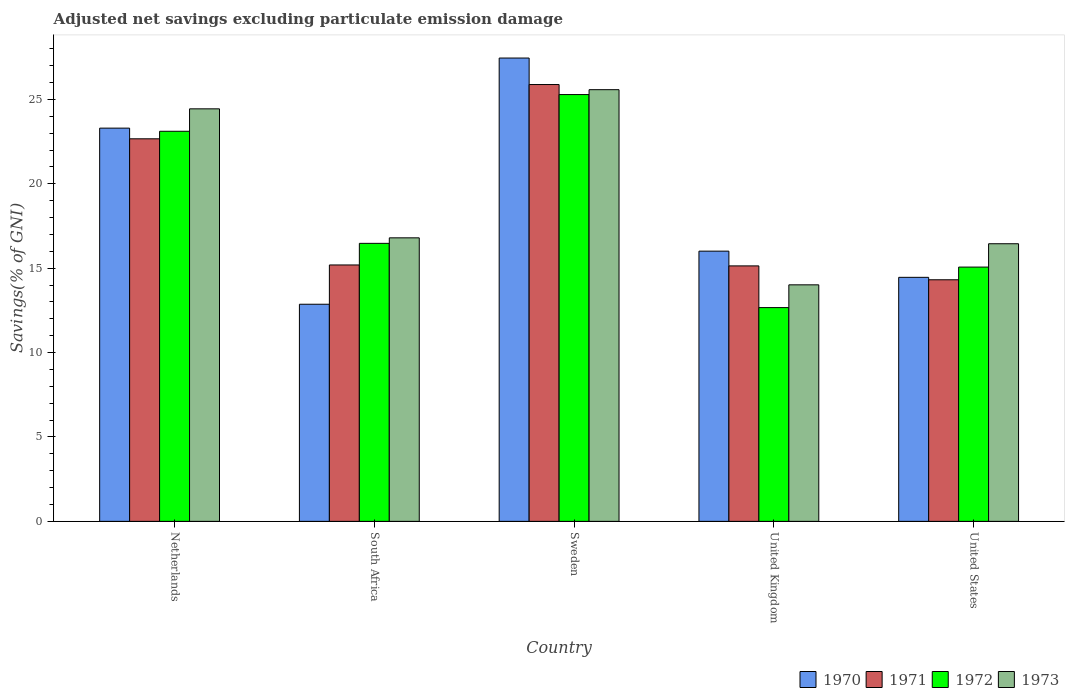
| Country | 1970 | 1971 | 1972 | 1973 |
 | --- | --- | --- | --- | --- |
 | Netherlands | 23.3 | 22.7 | 23.1 | 24.4 |
 | South Africa | 12.9 | 15.2 | 16.5 | 16.8 |
 | Sweden | 27.4 | 25.9 | 25.3 | 25.6 |
 | United Kingdom | 16 | 15.1 | 12.7 | 14 |
 | United States | 14.5 | 14.3 | 15.1 | 16.4 |